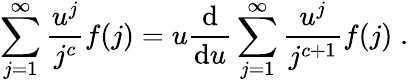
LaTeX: \sum_{j=1}^{\infty}\frac{u^{j}}{j^{c}}f(j)=u\frac{\mathrm{d}}{\mathrm{d}u}\sum_{j=1}^{\infty}\frac{u^{j}}{j^{c+1}}f(j)\; .